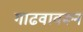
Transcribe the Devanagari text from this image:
गाढवावरून